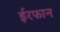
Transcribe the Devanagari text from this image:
ईरफान